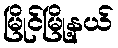
မြိုင်မြို့နယ်